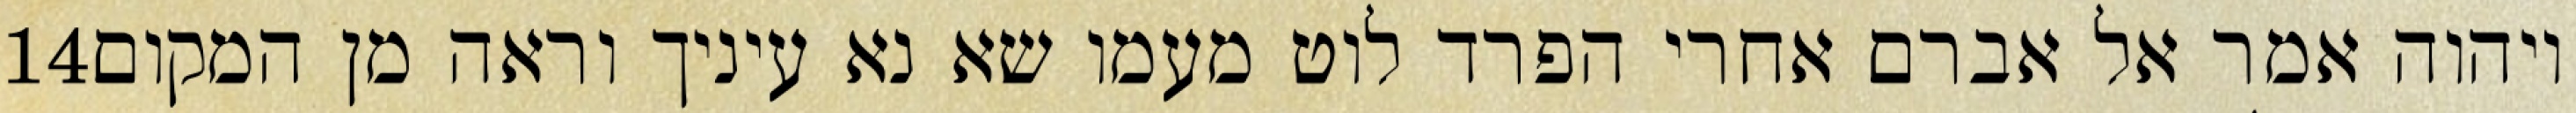
‎14‏ ויהוה אמר אל אברם אחרי הפרד לוט מעמו שא נא עיניך וראה מן המקום